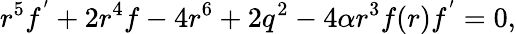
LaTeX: r^{5}f^{^{\prime}}+2r^{4}f-4r^{6}+2q^{2}-4\alpha r^{3}f(r)f^{^{\prime}}=0,